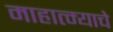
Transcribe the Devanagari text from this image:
माहात्म्याचे